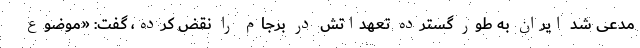
مدعی شد ایران به طور گسترده تعهداتش در برجام را نقض کرده، گفت: «موضوع